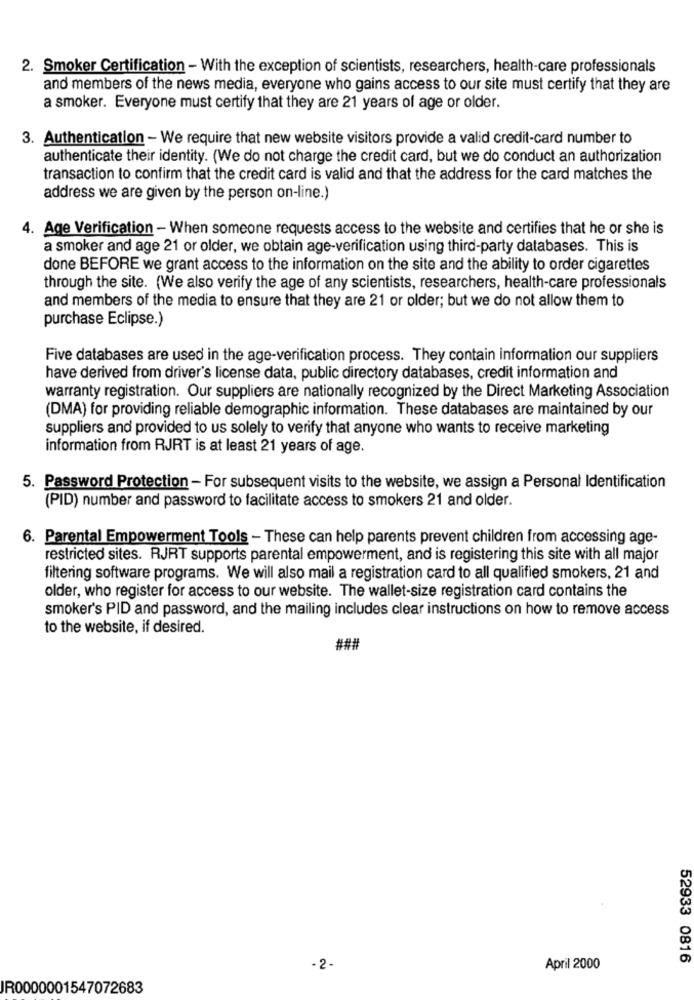
2. Smoker Certification - With the exception of scientists, researchers, health-care professionals
and members of the news media, everyone who gains access to our site must certify that they are
a smoker. Everyone must certify that they are 21 years of age or older.
3. Authentication - We require that new website visitors provide a valid credit-card number to
authenticate their identity. (We do not charge the credit card, but we do conduct an authorization
transaction to confirm that the credit card is valid and that the address for the card matches the
address we are given by the person on-line.)
4. Age Verification - When someone requests access to the website and certifies that he or she is
a smoker and age 21 or older, we obtain age-verification using third-party databases. This is
done BEFORE we grant access to the information on the site and the ability to order cigarettes
through the site. (We also verify the age of any scientists, researchers, health-care professionals
and members of the media to ensure that they are 21 or older; but we do not allow them to
purchase Eclipse.)
Five databases are used in the age-verification process. They contain information our suppliers
have derived from driver's license data, public directory databases, credit information and
warranty registration. Our suppliers are nationally recognized by the Direct Marketing Association
(DMA) for providing reliable demographic information. These databases are maintained by our
suppliers and provided to us solely to verify that anyone who wants to receive marketing
information from RJRT is at least 21 years of age.
5. Password Protection - For subsequent visits to the website, we assign a Personal Identification
(PID) number and password to facilitate access to smokers 21 and older.
6. Parental Empowerment Tools - These can help parents prevent children from accessing age-
restricted sites. RJRT supports parental empowerment, and is registering this site with all major
filtering software programs. We will also mail a registration card to all qualified smokers, 21 and
older, who register for access to our website. The wallet-size registration card contains the
smoker's PID and password, and the mailing includes clear instructions on how to remove access
to the website, if desired.
###
52933 0816
- 2.
April 2000
JR0000001547072683